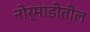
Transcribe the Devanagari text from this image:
नोर्मांडीतील